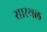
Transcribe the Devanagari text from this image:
सारथल